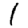
Digit: 1